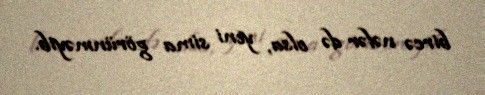
bircə nəfər də olsa, yeni sima görünməyib.